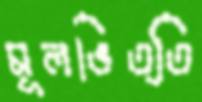
মূলভিত্তি